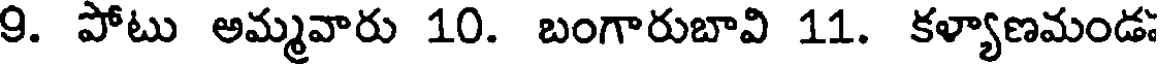
9. పోటు అమ్మవారు 10. బంగారుబావి 11. కళ్యాణమండ